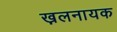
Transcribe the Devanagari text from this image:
ख़लनायक